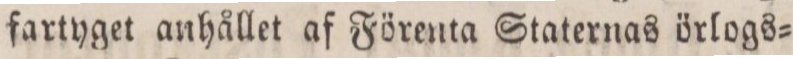
fartyget anhållet af Förenta Staternas örlogs=